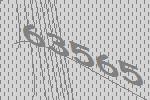
63565